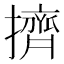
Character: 擠